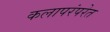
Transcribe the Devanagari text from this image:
कलापरंपरेत